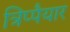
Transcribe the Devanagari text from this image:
त्रिप्पैयार